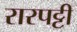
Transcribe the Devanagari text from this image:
रारपट्टी